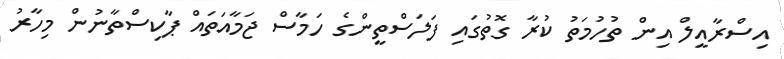
އިސްރާއީލް އިން ތުހުމަތު ކުރާ ގޮތުގައި ފަލަސްތީންގެ ހަމާސް ޖަމާއަތައް ޕާކިސްތާނުން މިހާރު